Annual report on the lock hospitals of the Madras Presidency
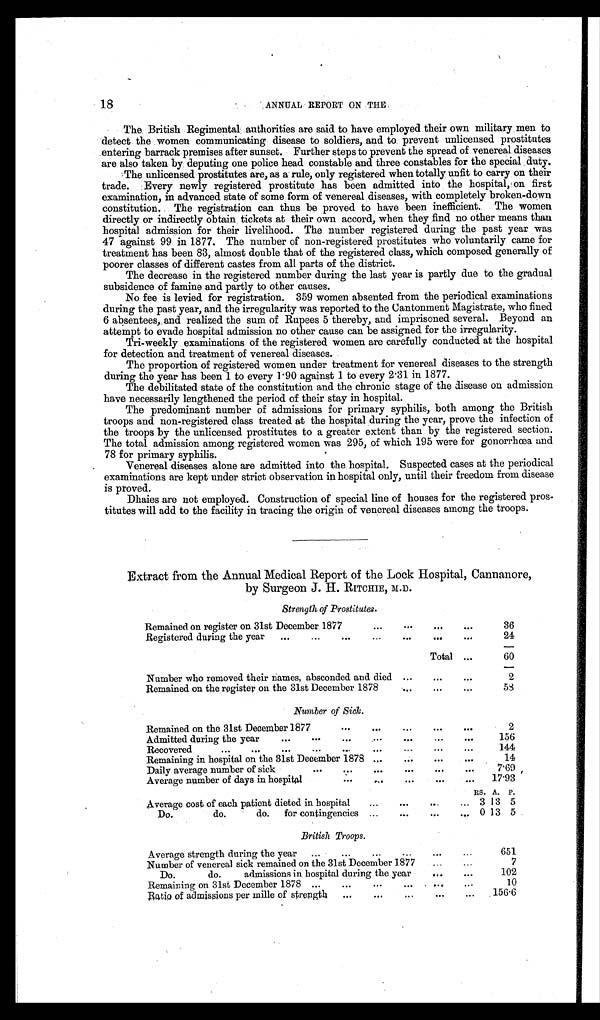
18
ANNUAL REPORT ON THE
The British Regimental authorities are said to have employed their own military men to
detect the women communicating disease to soldiers, and to prevent unlicensed prostitutes
entering barrack premises after sunset. Further steps to prevent the spread of venereal diseases
are also taken by deputing one police head constable and three constables for the special duty.
The unlicensed prostitutes are, as a rule, only registered when totally unfit to carry on their
trade. Every newly registered prostitute has been admitted into the hospital, on first
examination, in advanced state of some form of venereal diseases, with completely broken-down
constitution. The registration can thus be proved to have been inefficient. The women
directly or indirectly obtain tickets at their own accord, when they find no other means than
hospital admission for their livelihood. The number registered during the past year was
47 against 99 in 1877. The number of non-registered prostitutes who voluntarily came for
treatment has been 83, almost double that of the registered class, which composed generally of
poorer classes of different castes from all parts of the district.
The decrease in the registered number during the last year is partly due to the gradual
subsidence of famine and partly to other causes.
No fee is levied for registration. 359 women absented from the periodical examinations
during the past year, and the irregularity was reported to the Cantonment Magistrate, who fined
6 absentees, and realized the sum of Rupees 5 thereby, and imprisoned several. Beyond an
attempt to evade hospital admission no other cause can be assigned for the irregularity.
Tri-weekly examinations of the registered women are carefully conducted at the hospital
for detection and treatment of venereal diseases.
The proportion of registered women under treatment for venereal diseases to the strength
during the year has been 1 to every 1 . 90 against 1 to every 2·31 in 1877.
The debilitated state of the constitution and the chronic stage of the disease on admission
have necessarily lengthened the period of their stay in hospital.
The predominant number of admissions for primary syphilis, both among the British
troops and non-registered class treated at the hospital during the year, prove the infection of
the troops by the unlicensed prostitutes to a greater extent than by the registered section.
The total admission among registered women was 295, of which 195 were for gonorrhœa and
78 for primary syphilis.
Venereal diseases alone are admitted into the hospital. Suspected cases at the periodical
examinations are kept under strict observation in hospital only, until their freedom from disease
is proved.
Dhaies are not employed. Construction of special line of houses for the registered pros-
titutes will add to the facility in tracing the origin of venereal diseases among the troops.
Extract from the Annual Medical Report of the Lock Hospital, Cannanore,
by Surgeon J. H. RITCHIE, M.D.
Strength of Prostitutes.
Remained on register on 31st December 1877
...
. . .
. . .
36
Registered during the year
....
...
. . .
...
24
Total ...
60
Number who removed their names, absconded and died
...
...
...
2
Remained on the register on the 31st December 1878
. . .
. . .
53
Number of Sick.
Remained on the 31st December 1877
. . . . . .
. . .
2
Admitted during the year
...
...
...
...
156
Recovered
...
...
...
...
...
144
Remaining in hospital on the 31st December 1878 ...
...
14
Daily average number of sick
...
...
...
. . .
7·69
Average number of days in hospital
...
...
...
17·93
RS. A. P.
Average cost of each patient dieted in hospital...
. . .
...
3 13 5
Do. do. do. for contingencies ...
...
...
. . . 0 13 5
British Troops.
Average strength during the year
...
...
...
...
...
...
651
Number of venereal sick remained on the 31st December 1877
...
...
7
Do.
do. admissions in hospital during the year
. . .
. . .
102
Remaining on 31st December 1878 ...
...
...
...
10
Ratio of admissions per mille of' strength
... ...
,..
. . .
156·6